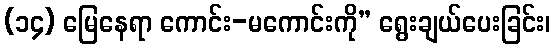
(၁၄) မြေနေရာ ကောင်း-မကောင်းကို” ရွေးချယ်ပေးခြင်း၊